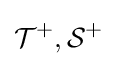
{\mathcal {T}}^{+},{\mathcal {S}}^{+}